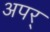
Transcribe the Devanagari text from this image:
अपर्